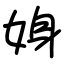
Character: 㛛